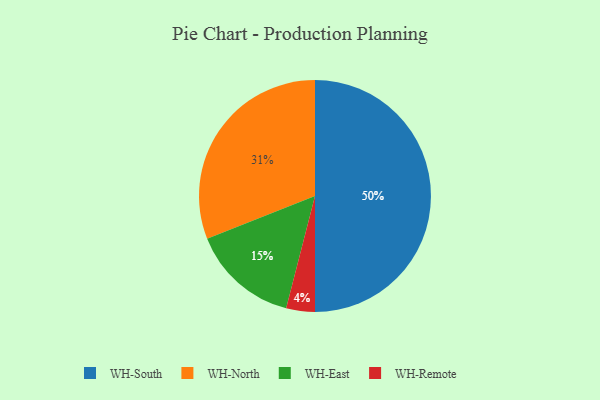
{"axis": {"x": "Category", "y": "Percentage"}, "legend": ["WH-East", "WH-North", "WH-Remote", "WH-South"], "data": [{"x": "WH-East", "y": 15, "type": "WH-East"}, {"x": "WH-South", "y": 50, "type": "WH-South"}, {"x": "WH-North", "y": 31, "type": "WH-North"}, {"x": "WH-Remote", "y": 4, "type": "WH-Remote"}]}